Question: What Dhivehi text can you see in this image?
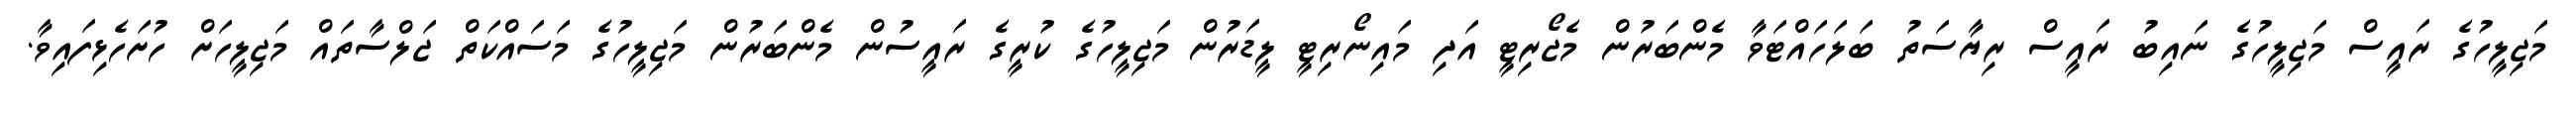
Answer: މަޖިލީހުގެ ރައީސް މަޖިލީހުގެ ނައިބު ރައީސް ރިޔާސަތު ބަލަހައްޓަވާ މެންބަރުން މެޖޯރިޓީ އަދި މައިނޯރިޓީ ލީޑަރުން މަޖިލީހުގެ ކުރީގެ ރައީސުން މެންބަރުން މަޖިލީހުގެ މަސައްކަތް ޖަލްސާތައް މަޖިލީހަށް ހުށަހެޅިފައިވާ.